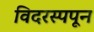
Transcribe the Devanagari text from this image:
विदरस्पपून